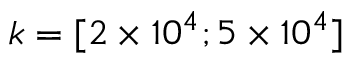
k = [ 2 \times 1 0 ^ { 4 } ; 5 \times 1 0 ^ { 4 } ]